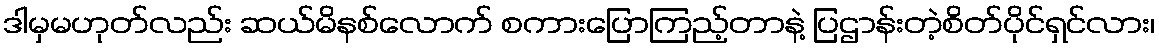
ဒါမှမဟုတ်လည်း ဆယ်မိနစ်လောက် စကားပြောကြည့်တာနဲ့ ပြဌာန်းတဲ့စိတ်ပိုင်ရှင်လား၊